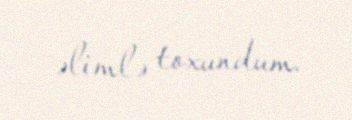
əlimlə toxundum.